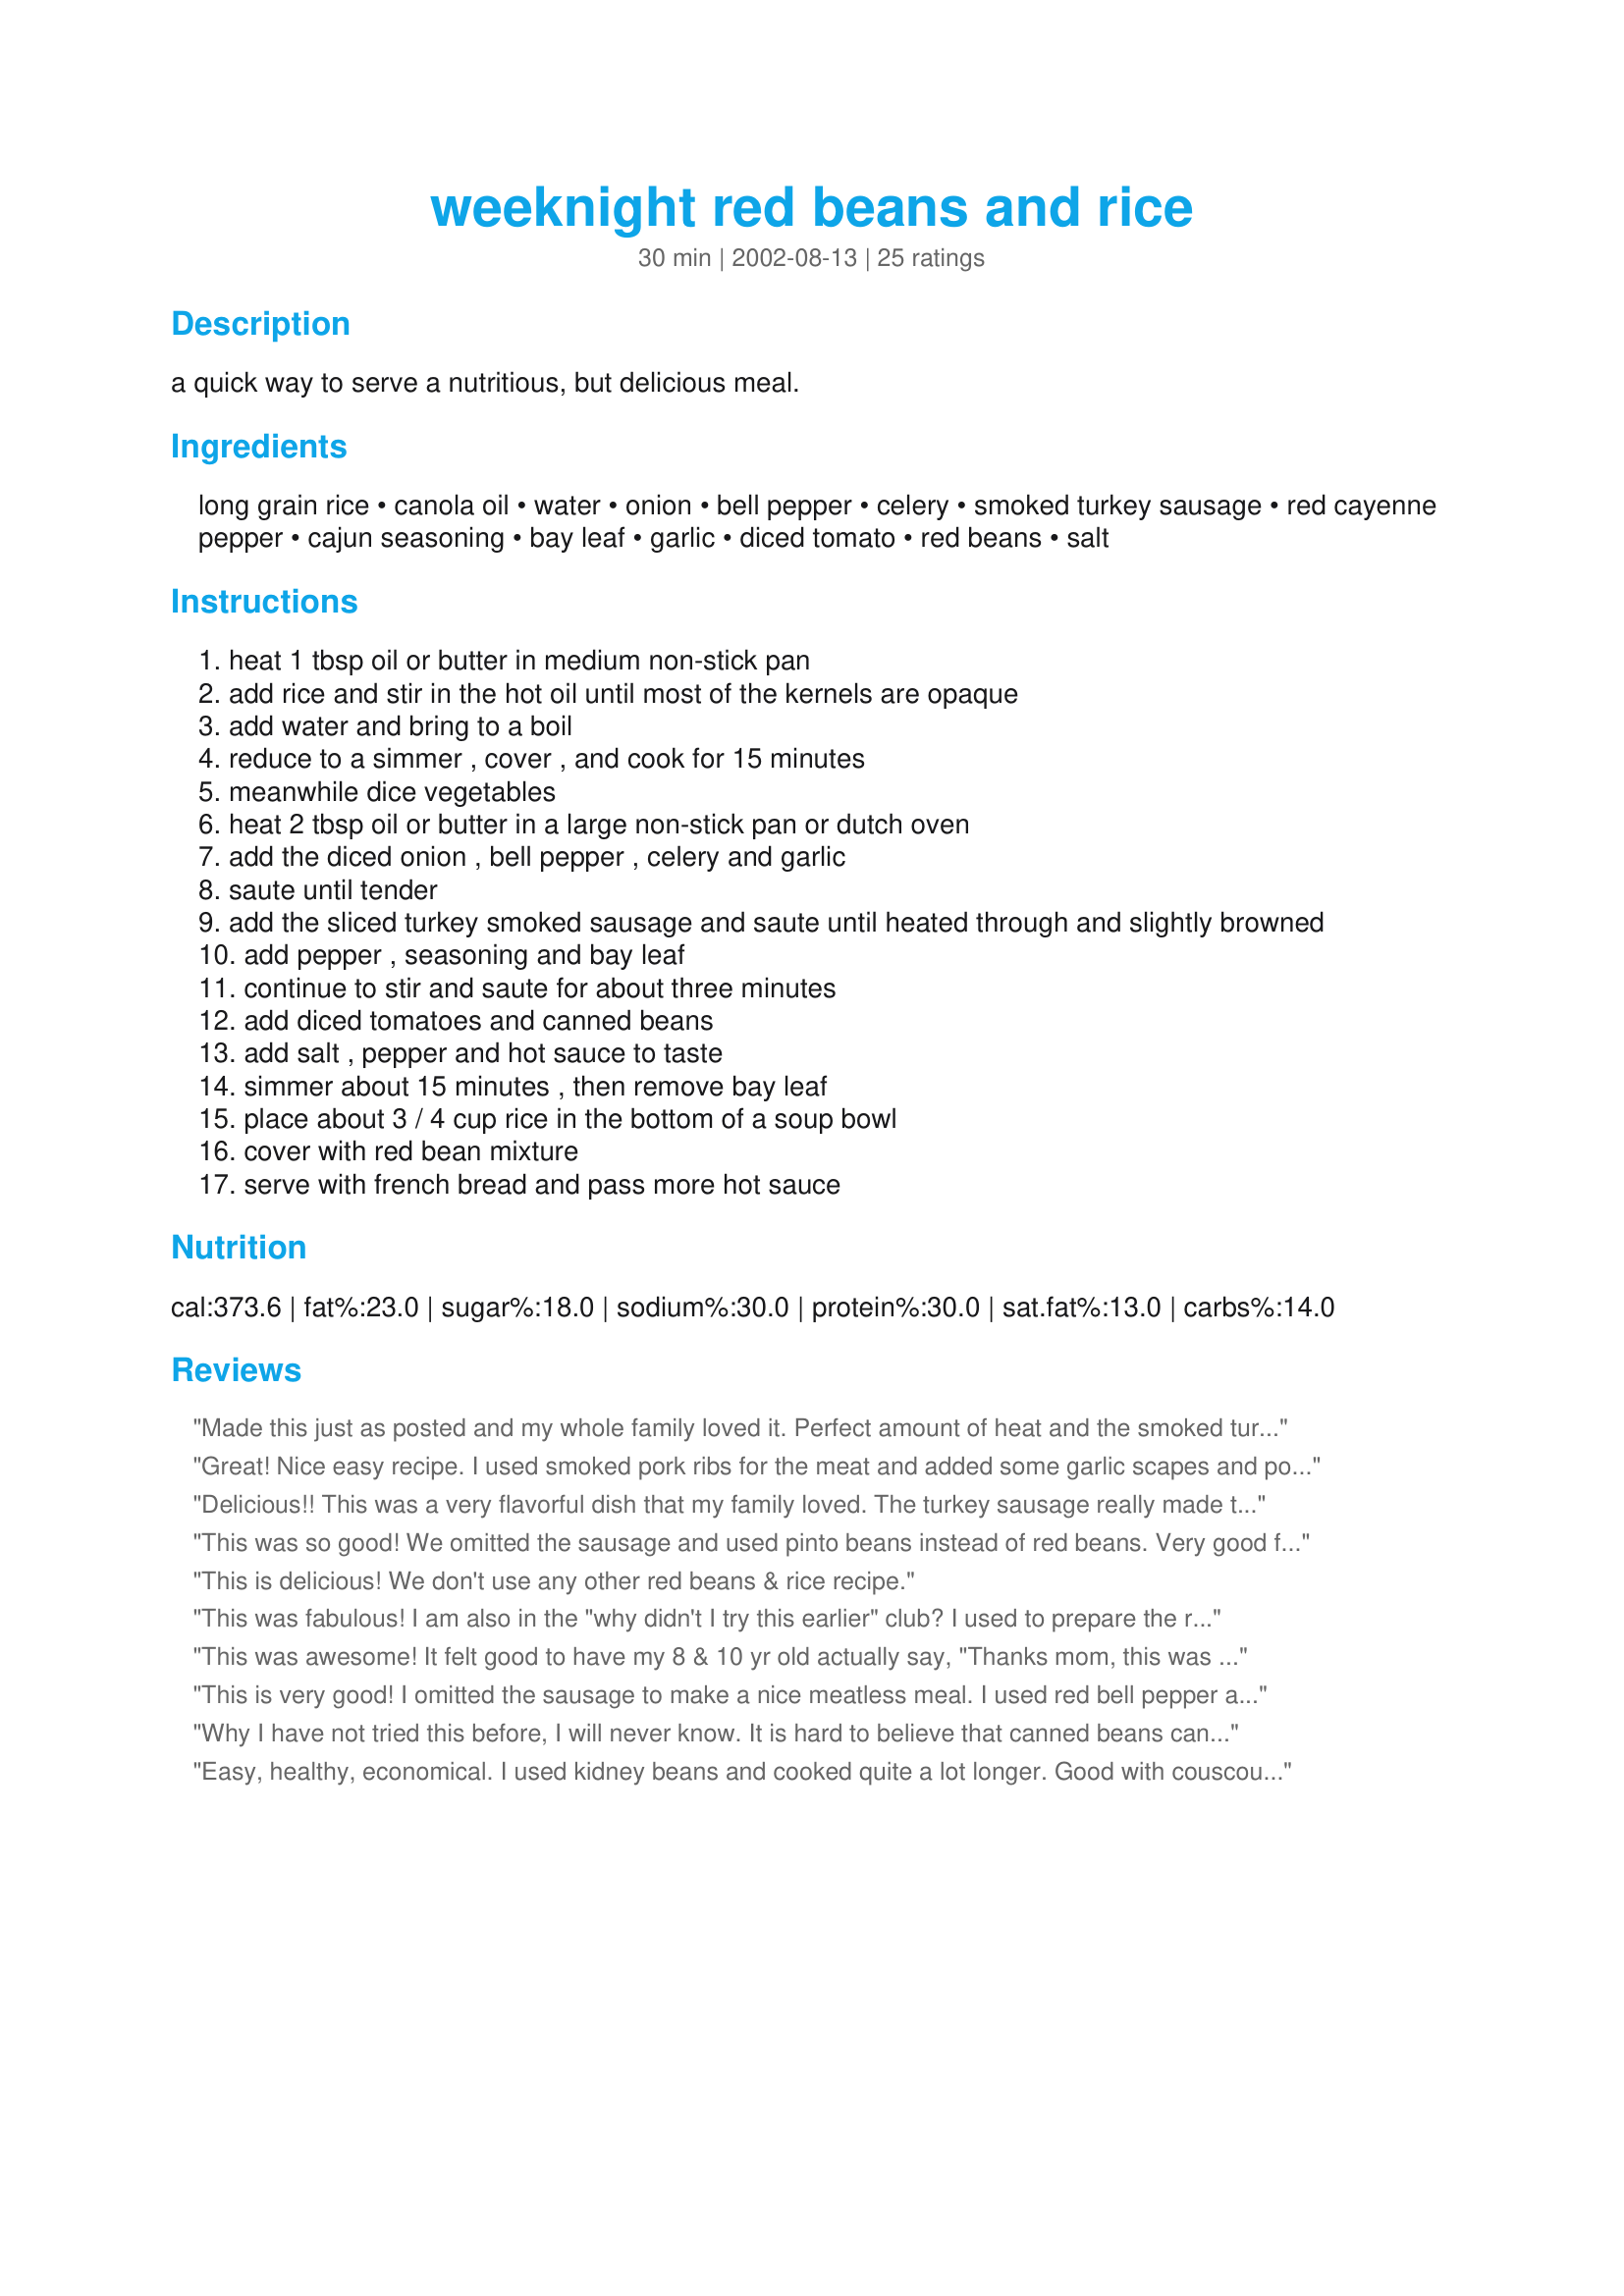
weeknight red beans and rice
Preparation time: 30 minutes

a quick way to serve a nutritious, but delicious meal.

Ingredients:
long grain rice, canola oil, water, onion, bell pepper, celery, smoked turkey sausage, red cayenne pepper, cajun seasoning, bay leaf, garlic, diced tomato, red beans, salt

Steps:
heat 1 tbsp oil or butter in medium non-stick pan
add rice and stir in the hot oil until most of the kernels are opaque
add water and bring to a boil
reduce to a simmer , cover , and cook for 15 minutes
meanwhile dice vegetables
heat 2 tbsp oil or butter in a large non-stick pan or dutch oven
add the diced onion , bell pepper , celery and garlic
saute until tender
add the sliced turkey smoked sausage and saute until heated through and slightly browned
add pepper , seasoning and bay leaf
continue to stir and saute for about three minutes
add diced tomatoes and canned beans
add salt , pepper and hot sauce to taste
simmer about 15 minutes , then remove bay leaf
place about 3 / 4 cup rice in the bottom of a soup bowl
cover with red bean mixture
serve with french bread and pass more hot sauce

Reviews:
Made this just as posted and my whole family loved it. Perfect amount of heat and the smoked turkey sausage is a healthy plus.
Great! <br/>Nice easy recipe. I used smoked pork ribs for the meat and added some garlic scapes and poblano peppers.
Delicious!! This was a very flavorful dish that my family loved. The turkey sausage really made the flavors work. I had to use kidney beans because I couldn't find canned red beans. Also, I doubled the amount of garlic called for. Thanks for sharing this keeper recipe!!
This was so good! We omitted the sausage and used pinto beans instead of red beans. Very good flavor. This has become a new staple.
This is delicious! We don't use any other red beans & rice recipe.
This was fabulous! I am also in the "why didn't I try this earlier" club? I used to prepare the red beans and rice mix from the box, but this is so much tastier and just as fast! Our only complaint is that it was a little soupy. I had drained one can of beans in anticipation of this but it was still too watery for us. Next time I will drain both cans of beans and just use the juice from the tomatoes only. Thanks so much for posting PanNan!
This was awesome! It felt good to have my 8 & 10 yr old actually say, "Thanks mom, this was great!" I didn't have and left out cajun seasoning, celery & a bay leaf. I added two fresh cut up tomoatoes, cumin & a dash of worcestershire sauce. Served over brown rice. I'll definitely make this again. It was easy, tasty, and healthy. Thanks a million!!!
This is very good! I omitted the sausage to make a nice meatless meal. I used red bell pepper and dark red kidney beans. I also rinsed and drained the beans and omitted the salt (personal preferences). We loved this! Nice little kick. Thanks for sharing!
Why I have not tried this before, I will never know. It is hard to believe that canned beans can be so good. I divided the recipe in half and we enjoyed this for dinner, the other serving will be my lunch tomorrow. I left off any additional salt and served it topped with hot sauce as suggested. A nice salad and bread made this a complete meal.
Easy, healthy, economical. I used kidney beans and cooked quite a lot longer. Good with couscous too.
Being from the north, I wasn't sure we would like this southern classic, but I wanted to give it a try and I'm glad I did. I too added a bit more garlic and was also able to significantly reduce the amount of oil, and the blend of flavors was delicious, with just the right amount of heat. Thank you PanNan for sharing the recipe.
I just realized that I have never reviewed this recipe, though I have made it and passed it on many times. I usually make it meatless and it is just fantastic. I do drain and rinse my red beans. SUPER recipe. Thanks, PanNan!!
Very easy & I added to my monthly rotation of recipes. Thanks!
Just writing a review for this recipe makes my mouth water! Over the past year I have made this dish so many times. It's amazing!!! We have had it as a quick weeknight meal and have even served it for company. The first time I made it I only had white beans so that is what I always use. I also add an 8 oz. can of tomato sauce. Besides those adjustments I make no other changes. This recipe is just wonderful and is even better the next day. Thank you so much!!!
I really liked this recipe. My family didn't care for the turkey sausage and I accidently put pepper flakes instead of cayene in it yelding it too hot for most of them. But it was good and I will probably try again! Thanks-
This really is easy enough for a weeknight! I whipped it up one night after work, and it was tasty, delicious, and quick. I left out the bay leaf because I didn't have one, and added a can of Rotel tomatoes for a little extra spice. We'll definitely be making this again!
I was quite pleased with this. I omitted the meat, didn't have celery and used my own cooked kidney beans.

I usually like my red beans with Worcestershire sauce, but chose to stick with the veggies, pepper and salt flavors this time.

My DH enjoyed them when often he politely declines RB&R when I make it the 'usual' way. I will do just about anything to get healthy legumes into my DH's system!
We really enjoyed this recipe for dinner last night. I did drain my beans and used a large can of diced tomatoes. It was just spicy enough and very nice for a cold rainy evening. I'll be making this one over and over. Thanks for sharing!
wonderful dish, and we loved it. didn't change a thing. Its a keeper.We have enough leftover for tonite, and we're gona enjoy each and every bite.
I love this recipe. I was taught a similar recipe in college but it took much longer due to the dried beans. I am happy this recipe uses canned beans. I used regular polish smoked sausage the first time and then used turkey sausage the second time. I prefer the polish sausage much more. It has more flavor. Thanks for the recipe!!
I just wanted to add that my kids and hubby love this recipe I make it at least once a month!
This recipe was very easy to make. I cheated and used regular beef sausage instead of turkey -- I figured all the veggies made up for the extra fat. ;-) Definitely a repeat. 

Try serving with Sweet Cornbread (recipe # 83625) for a special treat.
Thank you so much! I'm always looking for new ways to use kidney beans, which I love but have so few uses for! This was wonderful! I didn't have cajun seasoning, so I made up my own from things I had in my cabinet such as seasoned salt, parsley, granulated garlic, white pepper, chili powder, and paprika. I *love* this recipe! This is going to be a wonderful, flavorful, fast and easy addition to our weeknights!
We loved this and you are right, this is a fantastic weeknight dinner dish. I used an uncased pound of chicken sausage and fried it up seperately and then added it to the vegetable mix. I also used brown rice, but otherwise made as directed. Made for ZWT #9.
This is a great recipe for those days when the fridge and cupboards are running low and there's still no time to get to the grocery store. This recipe makes a hearty, tasty, satisfying meal. I didn't have any sausage but used a couple pepperoni sticks instead, which went well with the dish. My husband thought it could use a little more spice, but I thought it was just right after I added some Tobasco. (He did go back for seconds, though!)
This is good! For a slightly different taste I've used 1 teaspoon worcestershire sauce and a couple of drops of Tabasco when I am out of cajun seasoning.
